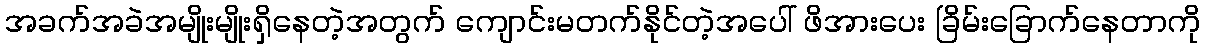
အခက်အခဲအမျိုးမျိုးရှိနေတဲ့အတွက် ကျောင်းမတက်နိုင်တဲ့အပေါ် ဖိအားပေး ခြိမ်းခြောက်နေတာကို